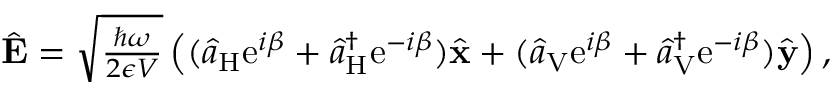
\begin{array} { r } { \hat { \bf E } = \sqrt { \frac { \hbar \omega } { 2 \epsilon V } } \left( ( \hat { a } _ { \mathrm { H } } \mathrm { e } ^ { i \beta } + \hat { a } _ { \mathrm { H } } ^ { \dagger } \mathrm { e } ^ { - i \beta } ) \hat { \bf x } + ( \hat { a } _ { \mathrm { V } } \mathrm { e } ^ { i \beta } + \hat { a } _ { \mathrm { V } } ^ { \dagger } \mathrm { e } ^ { - i \beta } ) \hat { \bf y } \right) , } \end{array}